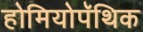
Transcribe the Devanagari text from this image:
होमियोपॅथिक